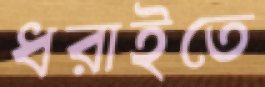
ধরাইতে